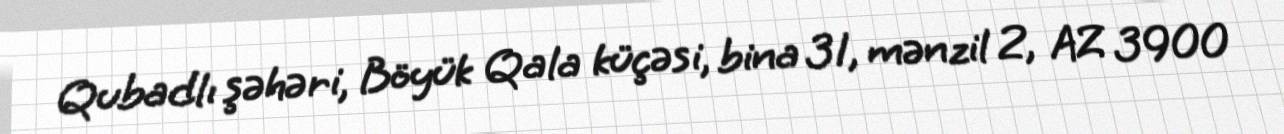
Qubadlı şəhəri, Böyük Qala küçəsi, bina 31, mənzil 2, AZ 3900